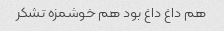
هم داغ داغ بود هم خوشمزه تشکر